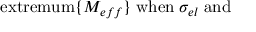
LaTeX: \mathrm { e x t r e m u m } \{ M _ { e f f } \} \; \mathrm { w h e n } \; \sigma _ { e l } \; \mathrm { a n d } \;